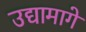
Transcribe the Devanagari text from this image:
उद्यामागे